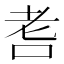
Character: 䎛